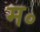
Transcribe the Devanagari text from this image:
म॰